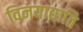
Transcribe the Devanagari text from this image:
विनयाद्याति